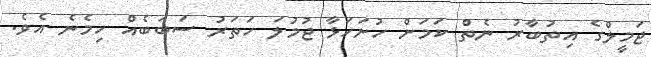
ޖަމީލްގެ އިތުބާރު ނެތް ކަމަށް ހުށަހަޅާ ޖުމުލަ ހަތަރު ސަބަބެއް ހިމެނެ އެވެ.